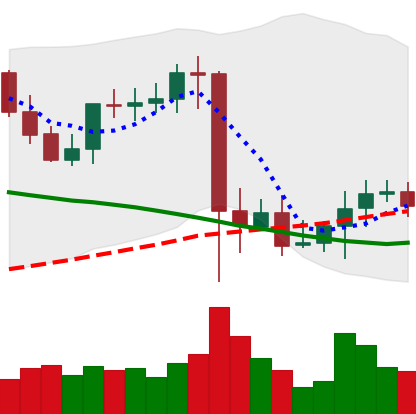
Ticker: XMR-USD
Chart end date: 2021-09-16
Forward return: -17.523%
Label: down_7plus